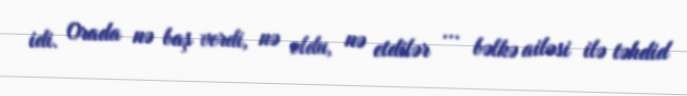
idi. Orada nə baş verdi, nə oldu, nə etdilər ... bəlkə ailəsi ilə təhdid